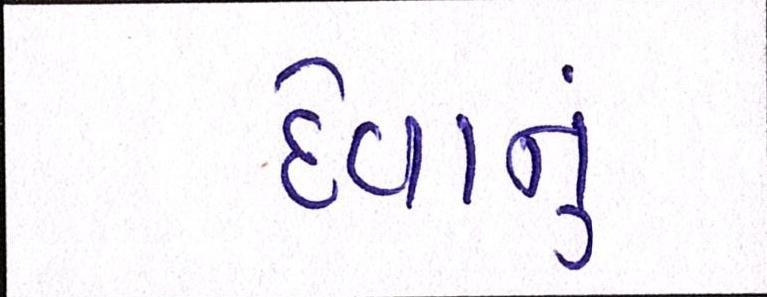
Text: દેવાનું